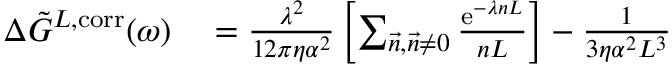
\begin{array} { r l } { \Delta \Tilde { G } ^ { L , \mathrm { c o r r } } ( \omega ) } & { { } = \frac { \lambda ^ { 2 } } { 1 2 \pi \eta \alpha ^ { 2 } } \left[ \sum _ { \vec { n } , \vec { n } \neq 0 } \frac { \mathrm { e } ^ { - \lambda n L } } { n L } \right] - \frac { 1 } { 3 \eta \alpha ^ { 2 } L ^ { 3 } } } \end{array}